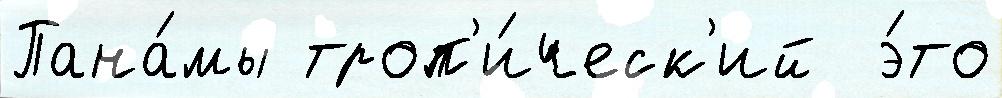
Пана́мы троп'и́ческ'ий  э́то